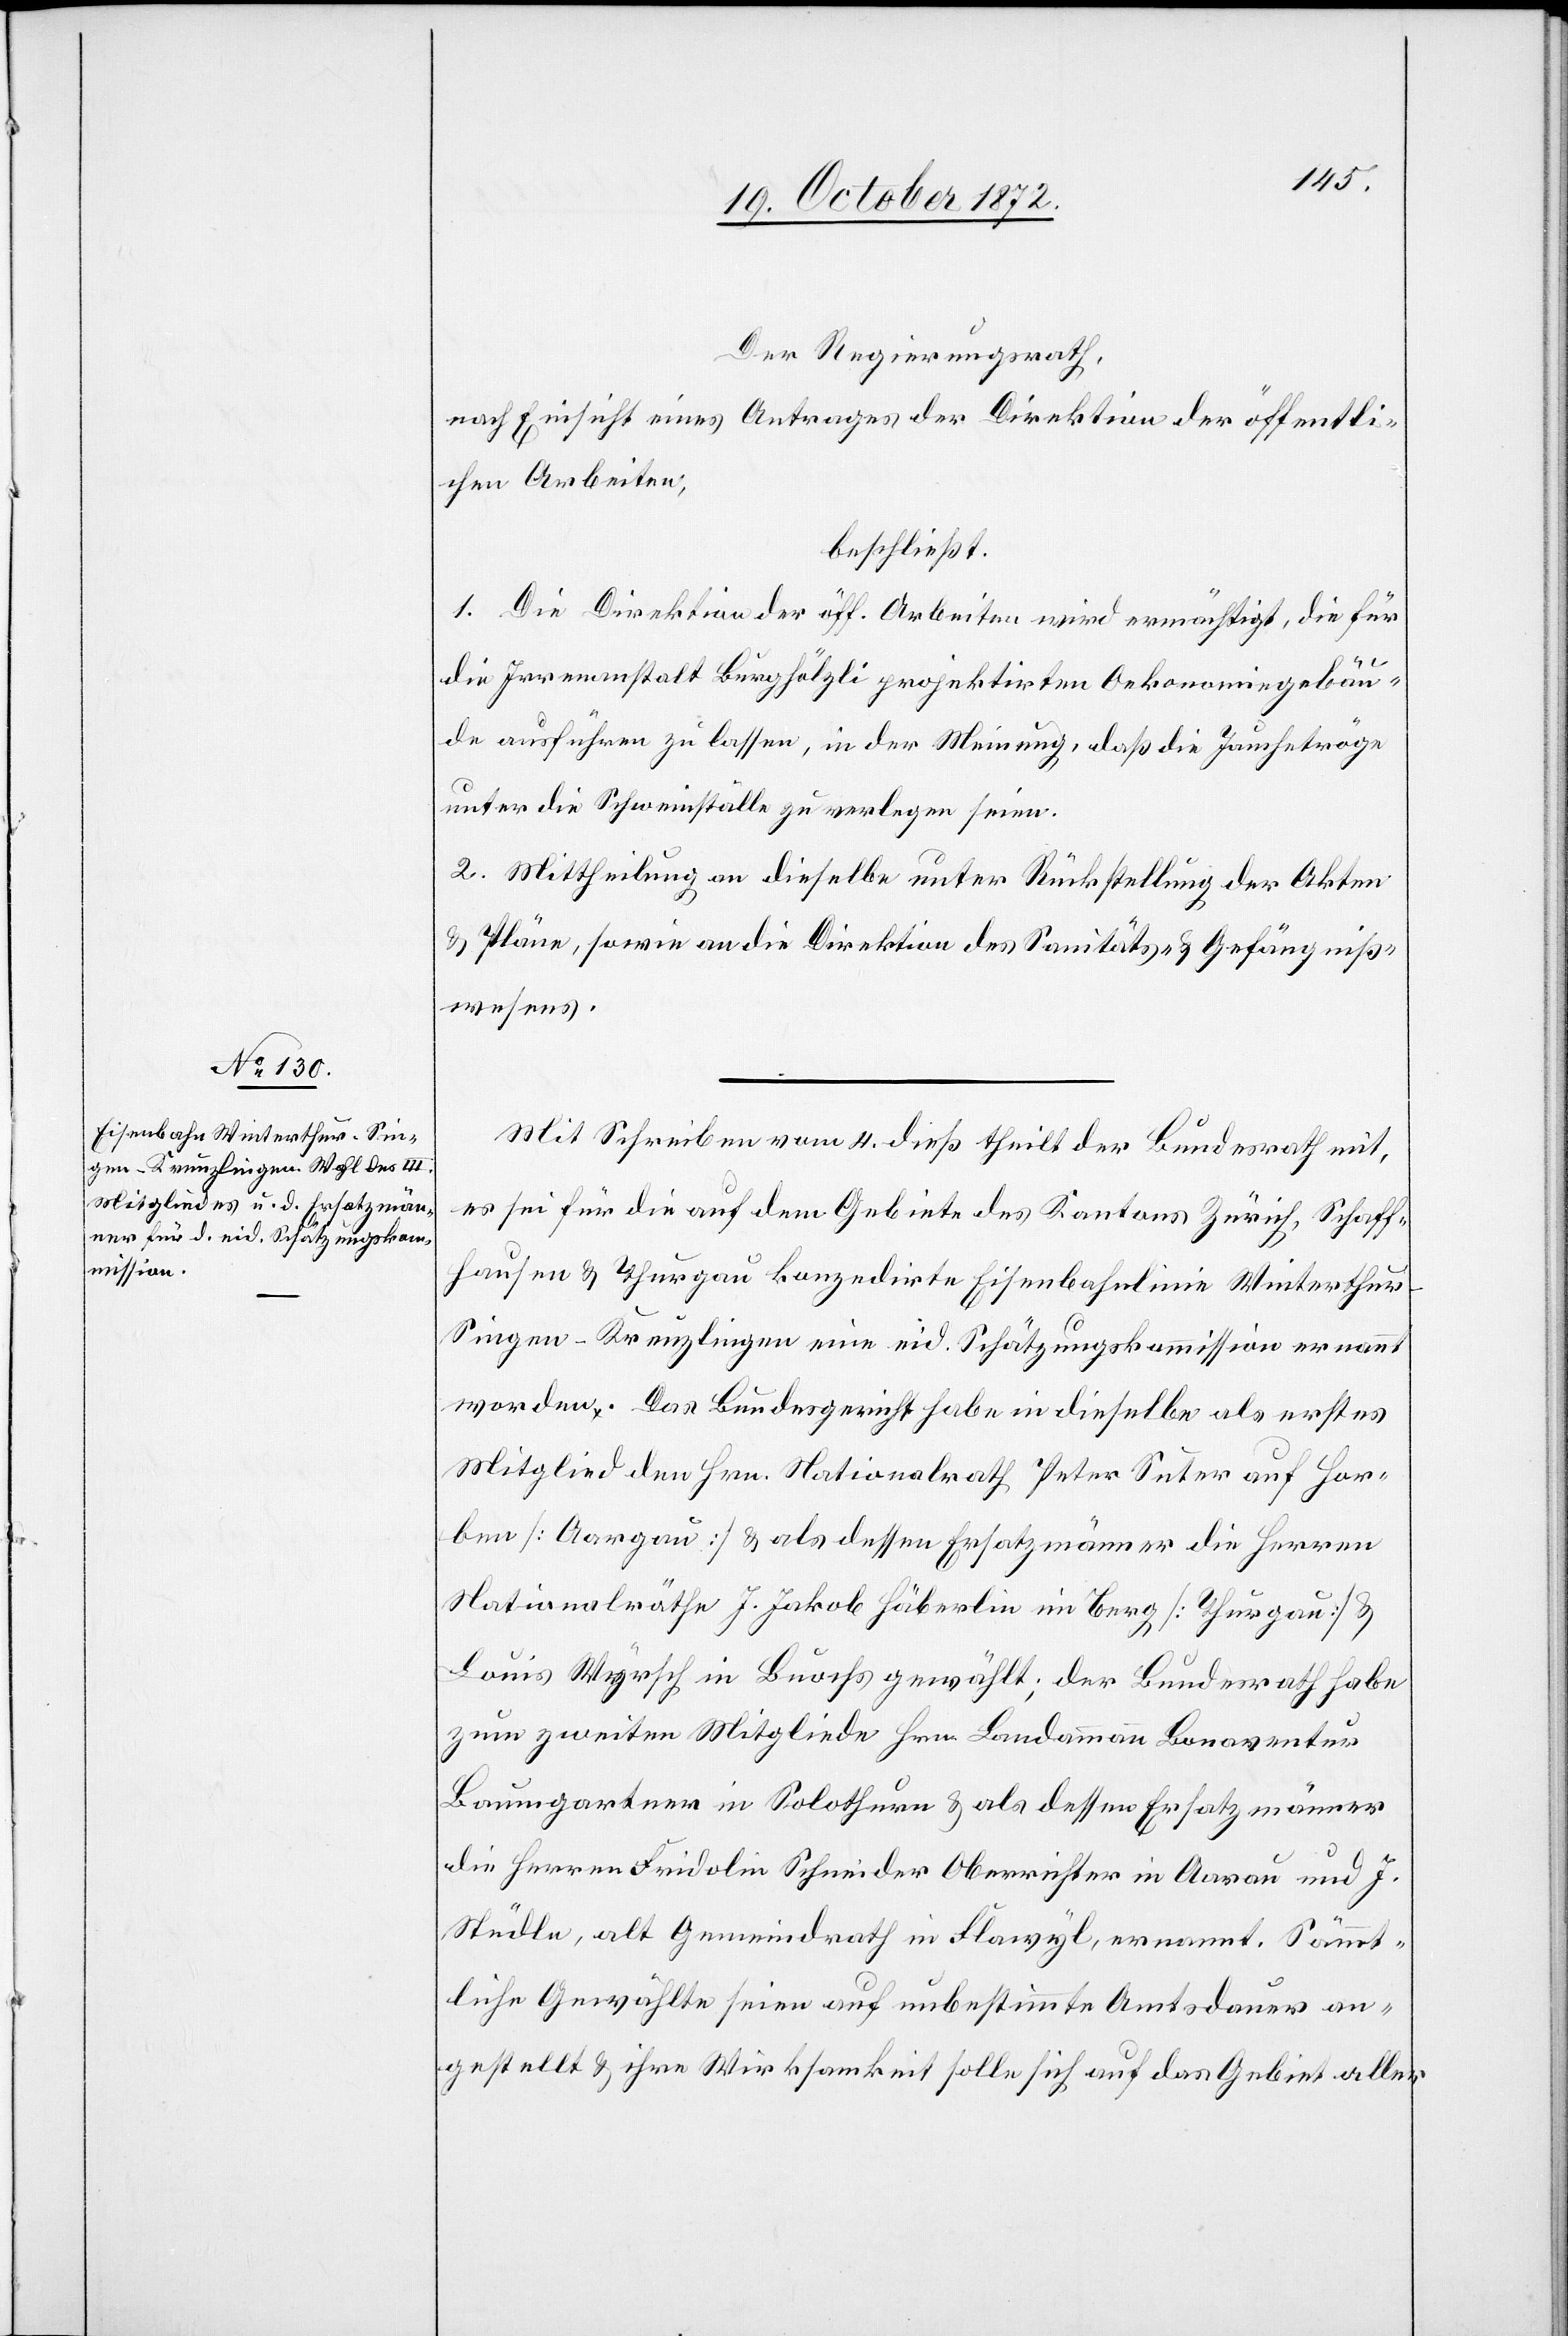
Der Regierungsrath,
nach Einsicht eines Antrages der Direktion der öffentli¬
chen Arbeiten,
beschließt:
1. Die Direktion der öff. Arbeiten wird ermächtig, die für
die Irrenanstalt Burghölzli projektirten Oekonomiegebäu¬
de ausführen zu lassen, in der Meinung, daß die Jauchetröge
unter die Schweinställe zu verlegen seien.
2. Mittheilung an dieselbe unter Rückstellung der Akten
u. Pläne, sowie an die Direktion des Sanitäts- u. Gefängniß¬
wesens.
Mit Schreiben vom 4. dieß theilt der Bundesrath mit,
es sei für die auf dem Gebiete des Kantons Zürich, Schaff¬
hausen u. Thurgau konzedirte Eisenbahnlinie Winterthu¬
r–Singen–Kreuzlingen eine eid. Schätzungskommission ernannt
worden. Das Bundesgericht habe in dieselbe als erstes
Mitglied den Hrn. Nationalrath Peter Suter auf Hor¬
ben [Aargau] u. als dessen Ersatzmänner die Herren
Nationalräthe J. Jakob Häberlin im Berg [Thurgau] u.
Louis Wyrsch in Buochs gewählt; der Bundesrath habe
zum zweiten Mitgliede Hrn. Landammann Bonaventur
Baumgartner in Solothurn u. als dessen Ersatzmänner
die Herren Fridolin Schneider Oberrichter in Aarau und J.
Stüdle, alt Gemeindrath in Flawyl, ernannt. Sämmt¬
liche Gewählte seien auf unbestimmte Amtsdauer an¬
gestellt u. ihre Wirksamkeit solle sich auf das Gebiet aller